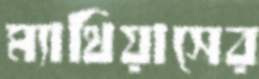
ম্যাথিয়াসের